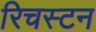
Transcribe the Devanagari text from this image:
रिचस्टन